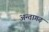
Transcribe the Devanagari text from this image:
अन्तागढ़